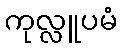
ကုလ္လူပမံ